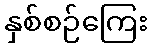
နှစ်စဉ်ကြေး